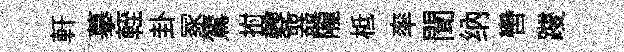
軒摹輊卦冢鷟拊夔器隴柢率聞纳轡躞